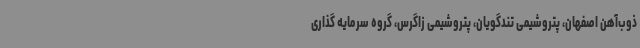
ذوب‌آهن اصفهان، پتروشیمی تندگویان، پتروشیمی زاگرس، گروه سرمایه‌ گذاری